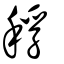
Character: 稃